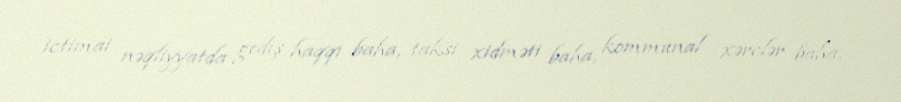
ictimai nəqliyyatda gediş haqqı baha, taksi xidməti baha, kommunal xərclər baha,